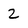
Character: 2